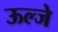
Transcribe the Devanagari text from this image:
ऊल्जे